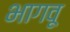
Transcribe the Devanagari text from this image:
भागवू